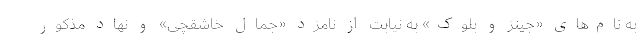
به نام‌های «جینز و بلوک» به نیابت از نامزد «جمال خاشقچی» و نهاد مذکور